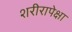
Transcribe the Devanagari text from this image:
शरीरापेक्षा